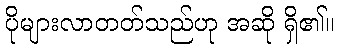
ပိုများလာတတ်သည်ဟု အဆို ရှိ၏။